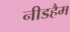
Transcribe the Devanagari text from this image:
नीडहैम